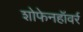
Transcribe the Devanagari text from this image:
शोफेनहॉवर्र